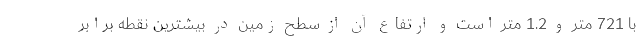
با 721 متر و 1.2 متر است و ارتفاع آن از سطح زمین در بیشترین نقطه برابر